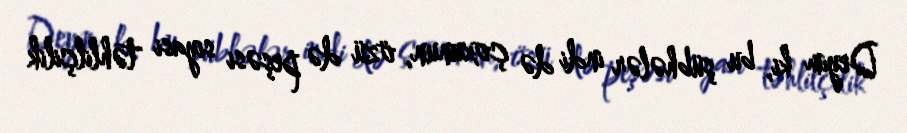
Deyim ki, bu şübhələr indi də çoxunun, özü də peşəsi siyasi təhlilçilik